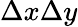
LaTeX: \Delta x\Delta y